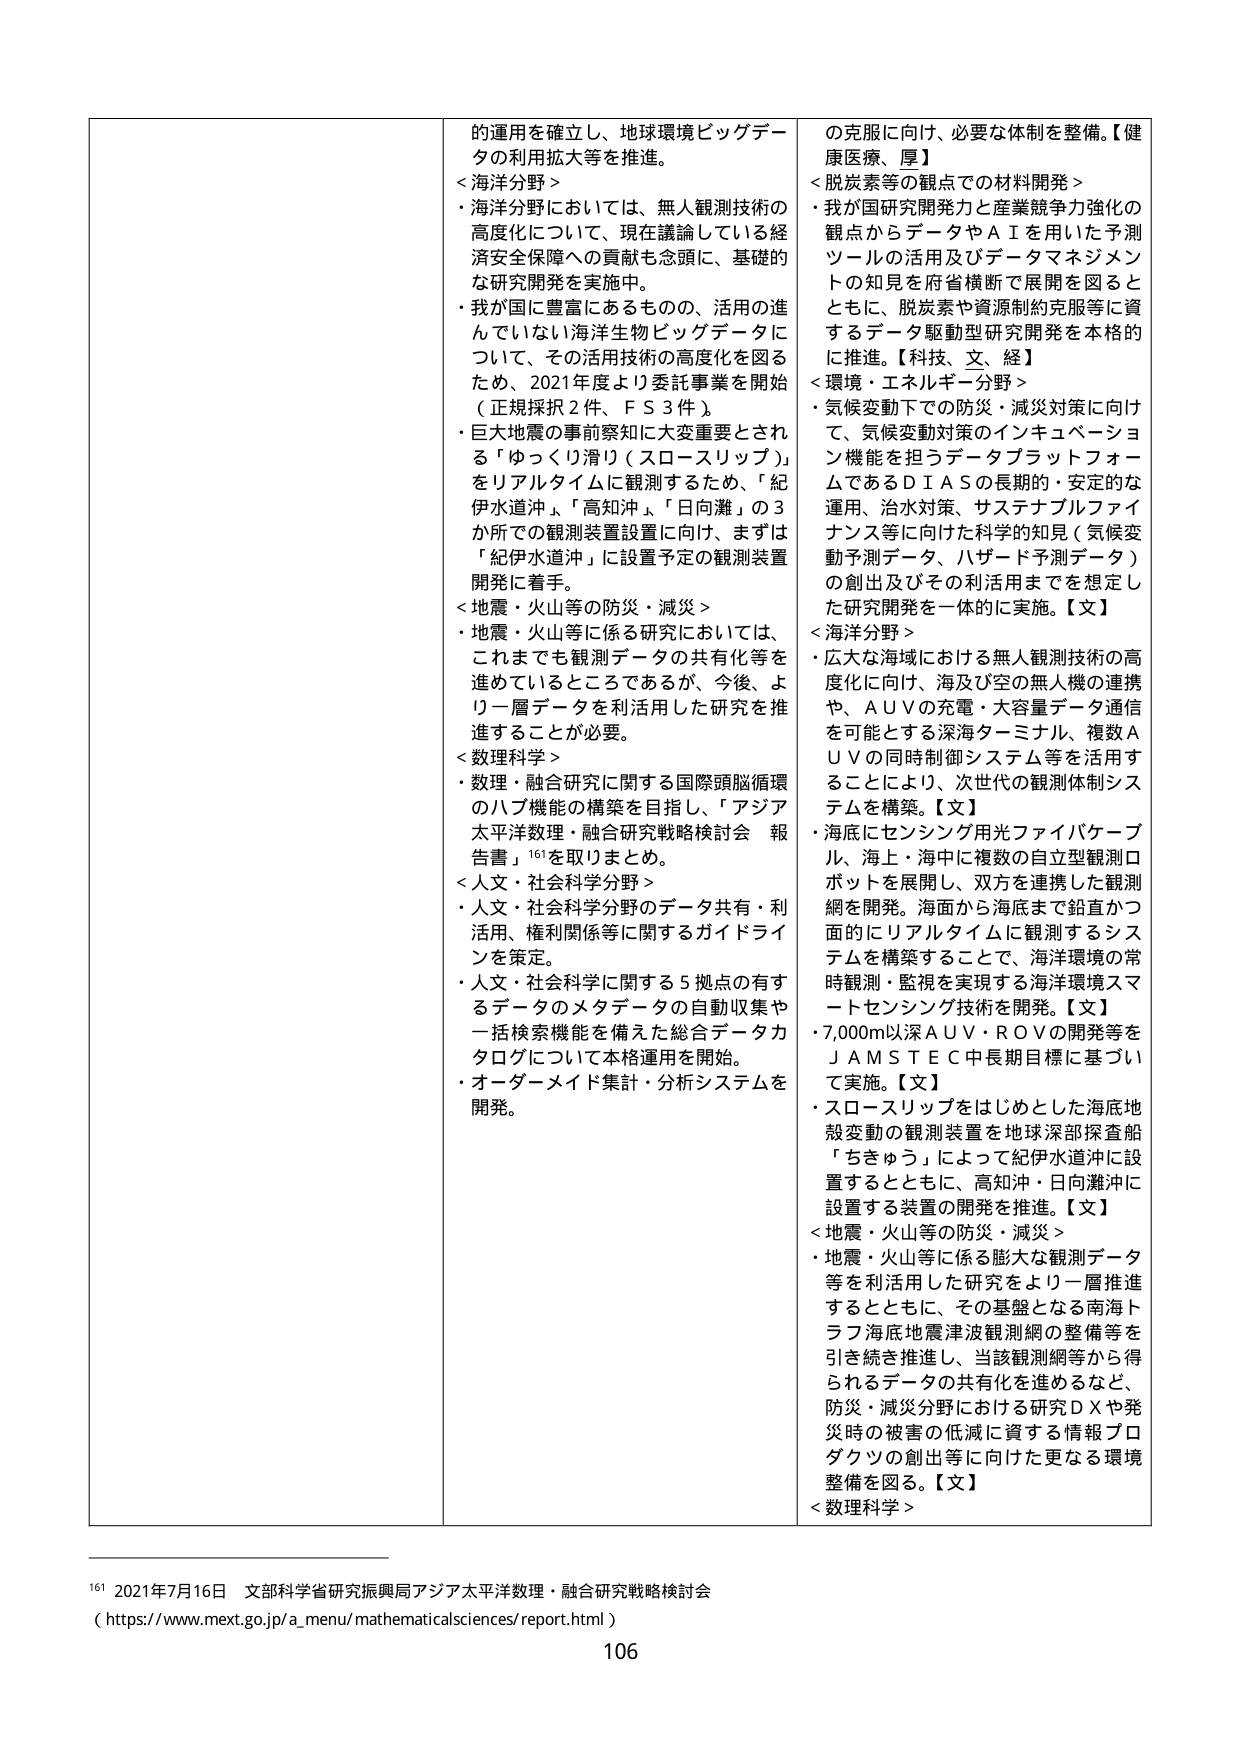
的運用を確立し、地球環境ビッグデータの利用拡大等を推進。
＜海洋分野＞
・海洋分野においては、無人観測技術の高度化について、現在議論している経済安全保障への貢献も念頭に、基礎的な研究開発を実施中。
・我が国に豊富にあるものの、活用の進んでいない海洋生物ビッグデータについて、その活用技術の高度化を図るため、2021年度より委託事業を開始（正規採択2件、FＳ3件）。
・巨大地震の事前察知に大変重要とされる「ゆっくり滑り（スロースリップ）」をリアルタイムに観測するため、「紀伊水道沖」、「高知沖」、「日向灘」の3か所での観測装置設置に向け、まずは「紀伊水道沖」に設置予定の観測装置開発に着手。
＜地震・火山等の防災・減災＞
・地震・火山等に係る研究においては、これまでも観測データの共有化等を進めているところであるが、今後、より一層データを利活用した研究を推進することが必要。
＜数理科学＞
・数理・融合研究に関する国際頭脳循環のハブ機能の構築を目指し、「アジア太平洋数理・融合研究戦略検討会 報告書」¹⁶¹を取りまとめ。
＜人文・社会科学分野＞
・人文・社会科学分野のデータ共有・利活用、権利関係等に関するガイドラインを策定。
・人文・社会科学に関する5拠点の有するデータのメタデータの自動収集や一括検索機能を備えた総合データカタログについて本格運用を開始。
・オーダーメイド集計・分析システムを開発。

の克服に向け、必要な体制を整備。【健康医療、厚】
＜脱炭素等の観点での材料開発＞
・我が国研究開発力と産業競争力強化の観点からデータやＡＩを用いた予測ツールの活用及びデータマネジメントの知見を府省横断で展開するとともに、脱炭素や資源制約克服等に資するデータ駆動型研究開発を本格的に推進。【科技、文、経】
＜環境・エネルギー分野＞
・気候変動下での防災・減災対策に向け、気候変動対策のインキュベーション機能を担うデータプラットフォームであるＤＩＡＳの長期的・安定的な運用、治水対策、サステナブルファイナンス等に向けた科学的知見（気候変動予測データ、ハザード予測データ）の創出及びその利活用までを想定した研究開発を一体的に実施。【文】
＜海洋分野＞
・広大な海域における無人観測技術の高度化に向け、海及び空の無人機の連携や、ＡＵＶの充電・大容量データ通信を可能とする深海ターミナル、複数ＡＵＶの同時制御システム等を活用することにより、次世代の観測体制システムを構築。【文】
・海底にセンシング用光ファイバーケーブル、海上・海中に複数の自立型観測ロボットを展開し、双方を連携した観測網を開発。海面から海底まで鉛直かつ面的にリアルタイムに観測するシステムを構築することで、海洋環境の常時観測・監視を実現する海洋環境スマートセンシング技術を開発。【文】
・7,000m以深ＡＵＶ・ＲＯＶの開発等をＪＡＭＳＴＥＣ中長期目標に基づいて実施。【文】
・スロースリップをはじめとした海底地殻変動の観測装置を地球深部探査船「ちきゅう」によって紀伊水道沖に設置するとともに、高知沖・日向灘沖に設置する装置の開発を推進。【文】
＜地震・火山等の防災・減災＞
・地震・火山等に係る膨大な観測データ等を利活用した研究をより一層推進するとともに、その基盤となる南海トラフ海底地震津波観測網の整備等を引き続き推進し、当該観測網等から得られるデータの共有化を進めるなど、防災・減災分野における研究ＤＸや発災時の被害の低減に資する情報プロダクツの創出等に向けた更なる環境整備を図る。【文】
＜数理科学＞

¹⁶¹ 2021年7月16日 文部科学省研究振興局アジア太平洋数理・融合研究戦略検討会
（https://www.mext.go.jp/a_menu/mathematicalsciences/report.html）
106